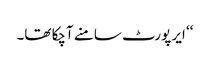
‘‘ ایر پورٹ سامنے آچکا تھا۔